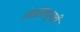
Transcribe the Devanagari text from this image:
लेखांमधूनही